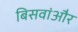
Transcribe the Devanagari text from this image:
बिसवांऔर